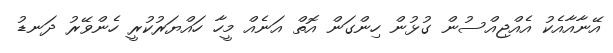
އޭނާއާއެކު އެއްޖިއްސުން ގުޅުން ހިންގަން އޮތް އަނެއް މީހާ ހައްޔަރުކުރީ ހެންވޭރު ދަނޑު